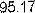
95.17